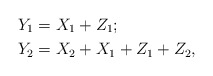
\begin{align*}Y_1&=X_1+Z_1;\\Y_2&=X_2+X_1+Z_1+Z_2,\end{align*}